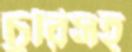
চুরিসহ